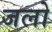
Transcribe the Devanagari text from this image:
जलो